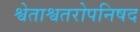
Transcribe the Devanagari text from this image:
श्वेताश्वतरोपनिषद